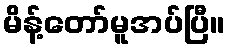
မိန့်တော်မူအပ်ပြီ။